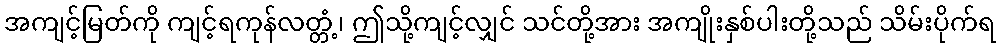
အကျင့်မြတ်ကို ကျင့်ရကုန်လတ္တံ့၊ ဤသို့ကျင့်လျှင် သင်တို့အား အကျိုးနှစ်ပါးတို့သည် သိမ်းပိုက်ရ